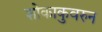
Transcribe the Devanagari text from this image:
शोकाकुवरुन